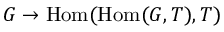
G \to \operatorname { H o m } ( \operatorname { H o m } ( G , T ) , T )